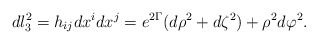
\begin{align*}dl_3^2=h_{ij}dx^idx^j=e^{2\Gamma}(d\rho^2+d\zeta^2)+\rho^2d\varphi^2.\end{align*}